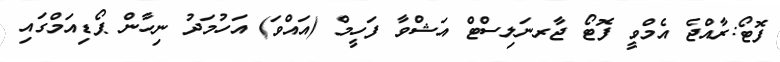
ފޮޓޯ:ރާއްޖެ އެމްވީ ފޮޓޯ ޖާރނަލިސްޓް އަޝްވާ ފަހީމް (އައްވަ) އަހުމަދު ނިހާން ޕޯޑިއަމްގައި